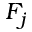
F _ { j }